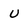
Character: U